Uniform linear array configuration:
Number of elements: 12
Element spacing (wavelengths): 0.75
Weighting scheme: hamming
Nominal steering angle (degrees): -30
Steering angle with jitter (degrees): -29.52
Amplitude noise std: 0.05
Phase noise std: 0.05

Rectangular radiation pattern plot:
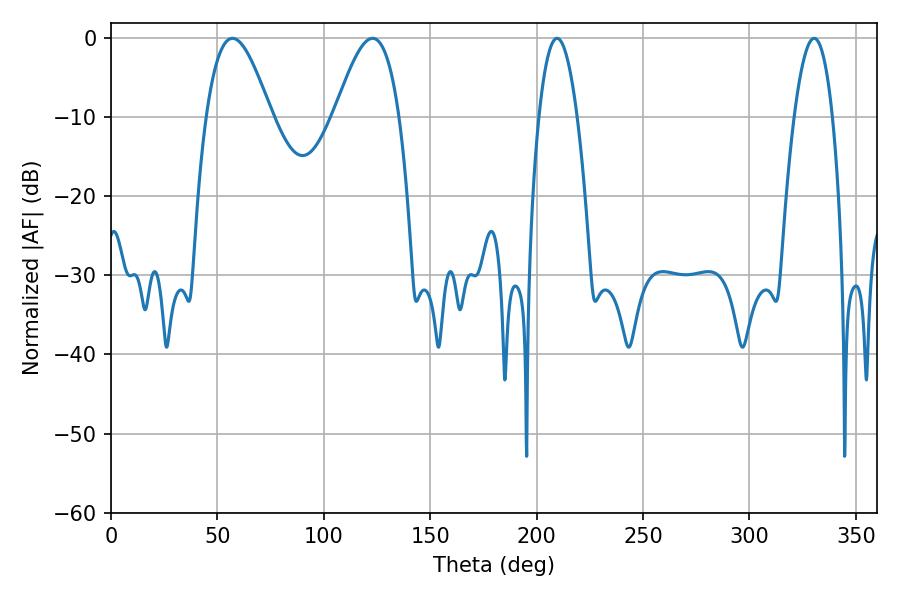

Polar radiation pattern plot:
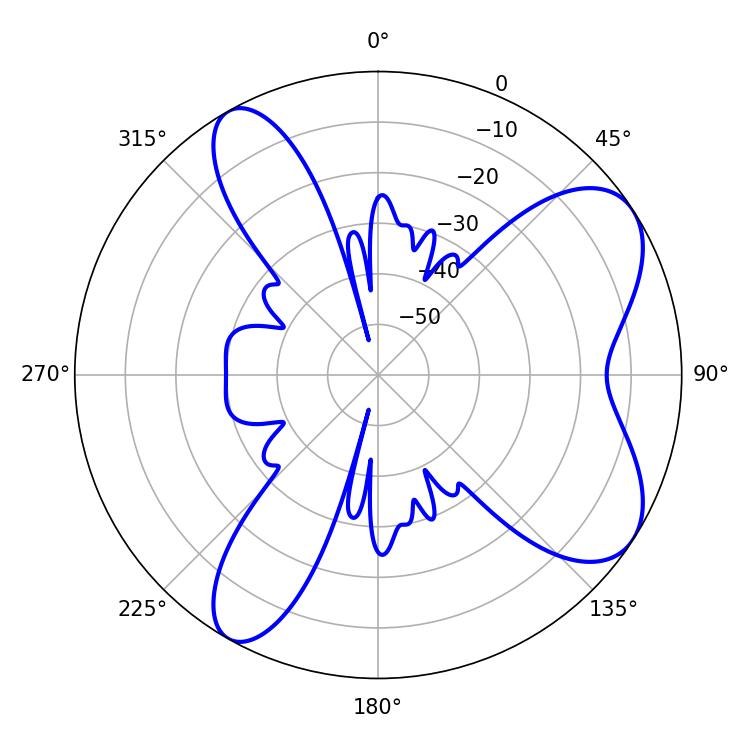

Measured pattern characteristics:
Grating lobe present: TRUE
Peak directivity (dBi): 7.43
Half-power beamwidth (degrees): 16.38
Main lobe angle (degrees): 57.06